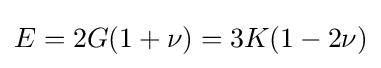
E=2G(1+\nu )=3K(1-2\nu )